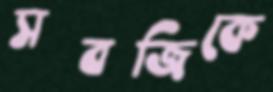
সবজিকে